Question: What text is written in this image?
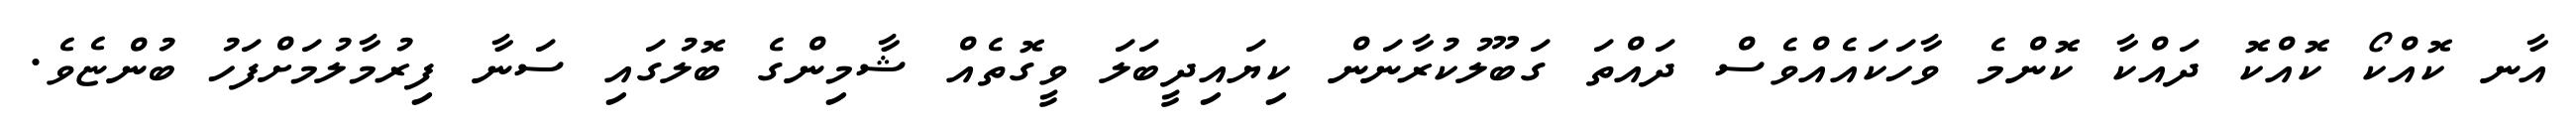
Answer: އާނ ކޮއްކޯ ކޮއްކޮ ދައްކާ ކޮންމެ ވާހަކައެއްވެސް ދައްތަ ގަބޫލުކުރާނަން ކިޔައިދީބަލަ ވީގޮތެއް ޝާމިންގެ ބޮލުގައި ސަނާ ފިރުމާލުމަށްފަހު ބުންޏެވެ.